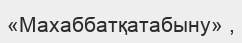
«Махаббатқатабыну» ,